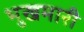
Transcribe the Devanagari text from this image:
भुखमारी